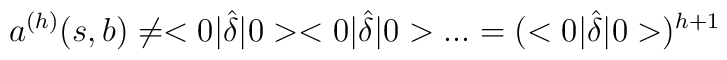
a^{(h)}(s,b)\neq <0|\hat{\delta}|0><0|\hat{\delta}|0>...=(<0|\hat{\delta}|0>)^{h+1}